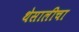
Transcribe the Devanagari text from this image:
थेसालीचा